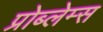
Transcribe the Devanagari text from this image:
प्रोब्लेम्स